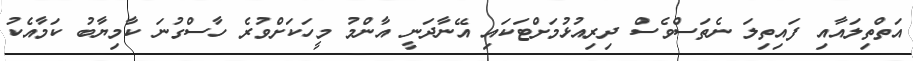
އަތްތިލައާއި ފައިތިލަ ނެތަސްވެސް ދިރިއުޅުމަށްޓަކައި އޭނާދަނީ އާންމު މީހަކަށްވުރެ ހާސްގުނަ ކާމިޔާބު ކަމާއެކު